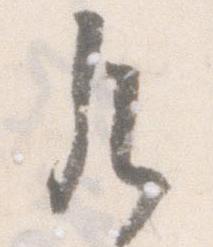
凡